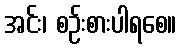
အင်း၊ စဉ်းစားပါရစေ။